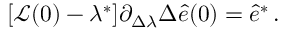
\begin{array} { r } { [ \mathcal { L } ( 0 ) - \lambda ^ { * } ] \partial _ { \Delta \lambda } \Delta \hat { e } ( 0 ) = \hat { e } ^ { * } \, . } \end{array}